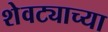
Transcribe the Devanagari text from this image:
शेवट्याच्या